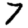
Digit: 7